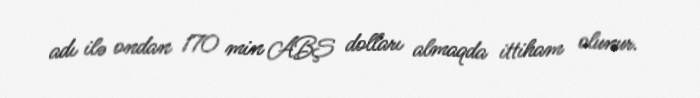
adı ilə ondan 170 min ABŞ dolları almaqda ittiham olunur.